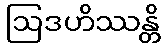
ဩဒဟိဿန္တိ